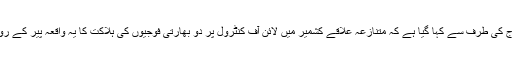
بھارتی فوج کی طرف سے کہا گیا ہے کہ متنازعہ علاقے کشمیر میں لائن آف کنٹرول پر دو بھارتی فوجیوں کی ہلاکت کا یہ واقعہ پیر کے روز پیش آیا۔